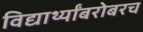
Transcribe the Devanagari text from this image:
विद्यार्थ्यांबरोबरच